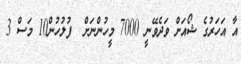
އާ އަހަރުގެ ޝޯއަށް ވަދެވޭނީ 7000 މީހުންނަށް  ފުލުހުން10 މަސް 3